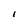
Character: I